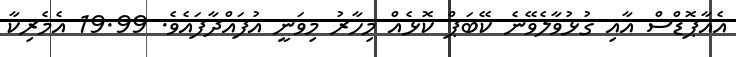
އެއާާާޕޮޑްސް އާއި ގުޅުވާލެވޭނެ ކޭބަޕް ކޮޅެއް މިހާރު މިވަނީ އުފައްދާފައެވެ. 19.99 އެމެރިކާ